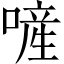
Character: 𠻿